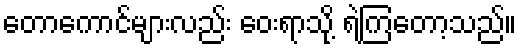
တောကောင်များလည်း ဝေးရာသို့ ရဲကြတော့သည်။